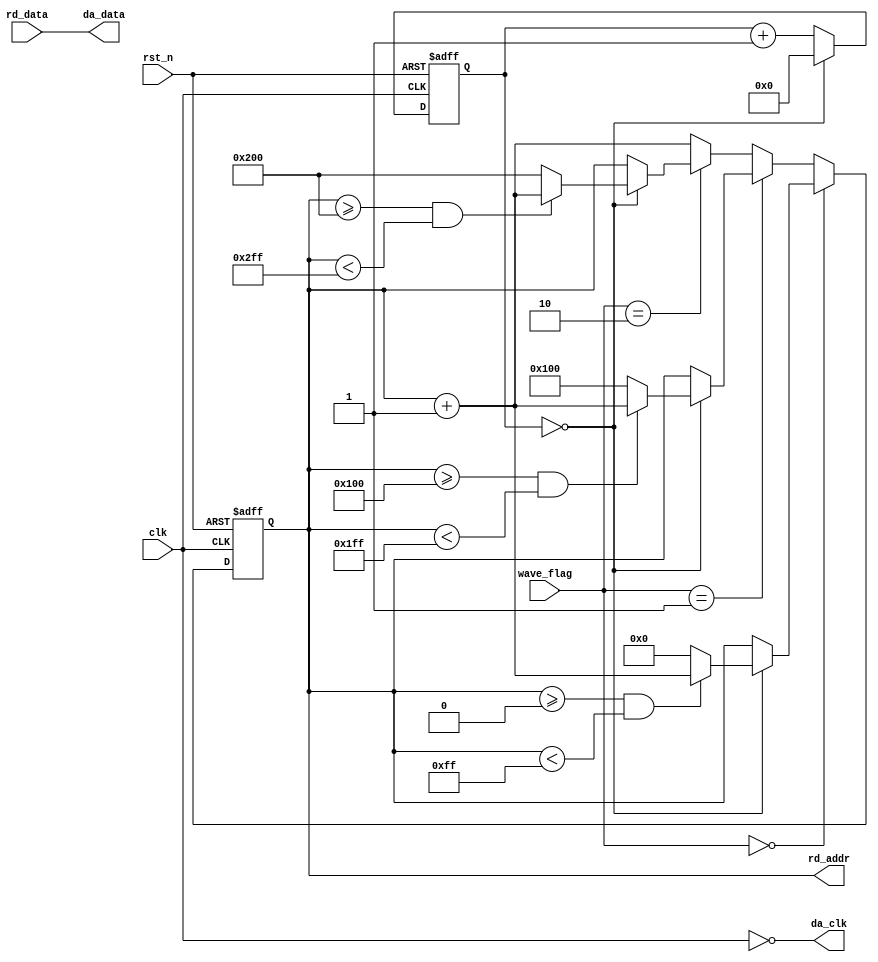

module da_wave_send(
    input                 clk         ,  //
    input                 rst_n       ,  //
	 input         [1:0]        wave_flag   ,
    
    input        [7:0]    rd_data     ,  //ROM
    output  reg  [9:0]    rd_addr     ,  //ROM
    //DA
    output                da_clk      ,  //DA(AD9708),125Mhz
    output       [7:0]    da_data        //DA  
    );

//parameter
//
parameter  FREQ_ADJ = 8'd0;  //,FREQ_ADJ,,0~255

//reg define
reg    [7:0]    freq_cnt  ;  //

//*****************************************************
//**                    main code
//*****************************************************

//rd_dataclkDAclk
//DAda_clk,,clkda_clk
assign  da_clk = ~clk;       
assign  da_data = rd_data;   //ROMDA

//
always @(posedge clk or negedge rst_n) begin
    if(rst_n == 1'b0)
        freq_cnt <= 8'd0;
    else if(freq_cnt == FREQ_ADJ)    
        freq_cnt <= 8'd0;
    else         
        freq_cnt <= freq_cnt + 8'd1;
end

//ROM


//
always @(posedge clk or negedge rst_n) begin
    if(rst_n == 1'b0)
        rd_addr <= 10'd0;
    else if(wave_flag == 0)begin
        if(freq_cnt == FREQ_ADJ) begin
          if(rd_addr >= 10'd0 && rd_addr < 10'd255)
				rd_addr <= rd_addr + 10'd1;
			 else begin
			   rd_addr <= 10'd0;
			 end	
        end    
    end
	 else if(wave_flag == 1)begin
        if(freq_cnt == FREQ_ADJ) begin
          if(rd_addr >= 10'd256 && rd_addr < 10'd511)
				rd_addr <= rd_addr + 10'd1;
			 else begin
			   rd_addr <= 10'd256;
			 end	
        end    
    end
	 else if(wave_flag == 2)begin
        if(freq_cnt == FREQ_ADJ) begin
          if(rd_addr >= 10'd512 && rd_addr < 10'd767)
				rd_addr <= rd_addr + 10'd1;
			 else begin
			   rd_addr <= 10'd512;
			 end	
        end    
    end
	 else begin
	   rd_addr <= rd_addr + 10'd1;
	 end
end
 


endmodule